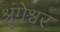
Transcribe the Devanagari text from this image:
श्रृंगेश्वर